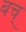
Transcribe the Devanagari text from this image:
बच्